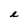
Character: e